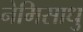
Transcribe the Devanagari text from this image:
नेमिसाधु